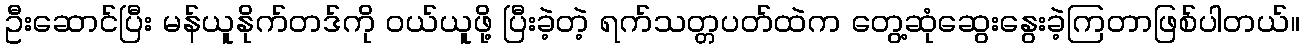
ဦးဆောင်ပြီး မန်ယူနိုက်တဒ်ကို ဝယ်ယူဖို့ ပြီးခဲ့တဲ့ ရက်သတ္တပတ်ထဲက တွေ့ဆုံဆွေးနွေးခဲ့ကြတာဖြစ်ပါတယ်။